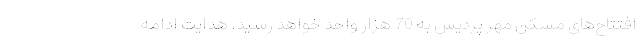
افتتاح‌های مسکن مهر پردیس به 70 هزار واحد خواهد رسید. هدایت ادامه